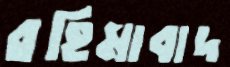
রহিমাবাদ